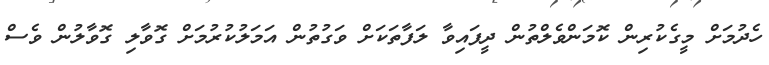
ހެދުމަށް މީގެކުރިން ކޮމަންވެލްތުން ދީފައިވާ ލަފާތަކަށް ވަގުތުން އަމަލުކުރުމަށް ގޮވާލި ގޮވާލުން ވެސް